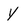
Character: y